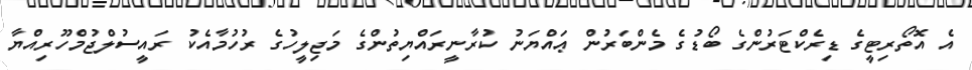
އެ އޮތޯރިޓީގެ ޑިރެކްޓަރުންގެ ބޯޑުގެ މެންބަރުން ޢައްޔަނު ކުރާނީރައްޔިތުންގެ މަޖިލީހުގެ ރުހުމާއެކު ރައީސުލްޖުމްހޫރިއްޔާ